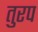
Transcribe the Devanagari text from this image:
तुरप